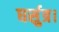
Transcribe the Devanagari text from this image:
घर्सुत्र।